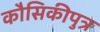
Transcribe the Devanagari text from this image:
कौसिकीपुत्र